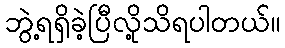
ဘွဲ့ရရှိခဲ့ပြီလို့သိရပါတယ်။